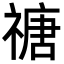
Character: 禟